Civil Veterinary Department ledger series I-VI
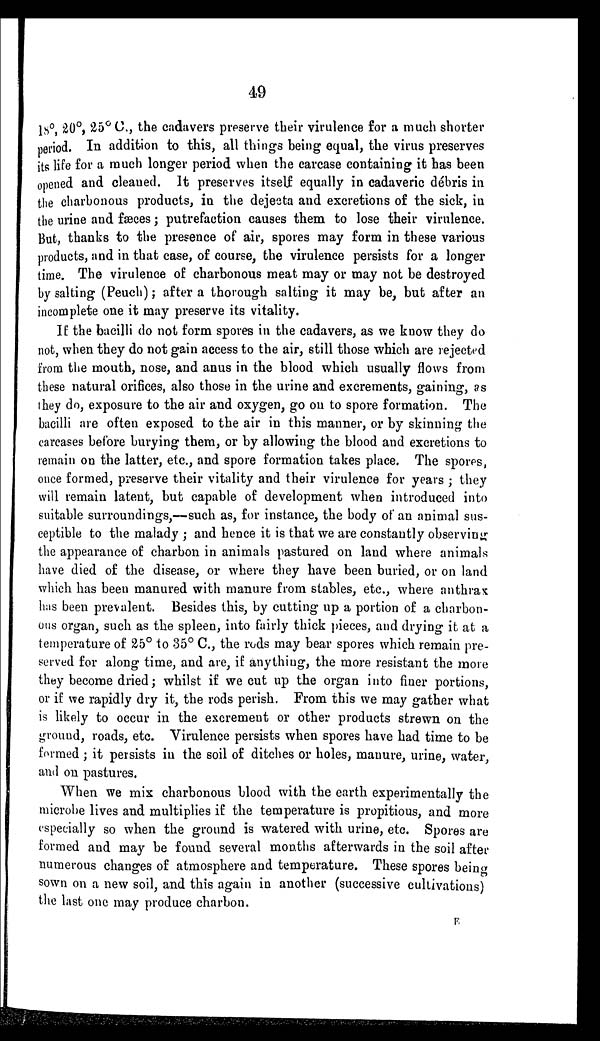
49
18 º , 20º, 25º C., the cadavers preserve their virulence for a much shorter
period. In addition to this, all things being equal, the virus preserves
its life for a much longer period when the carcase containing it has been
opened and cleaned. It preserves itself equally in cadaveric débris in
the charbonous products, in the dejecta and excretions of the sick, in
the urine and fæces; putrefaction causes them to lose their virulence.
But, thanks to the presence of air, spores may form in these various
products, and in that case, of course, the virulence persists for a longer
time. The virulence of charbonous meat may or may not be destroyed
by salting (Peuch); after a thorough salting it may be, but after an
incomplete one it may preserve its vitality.
If the bacilli do not form spores in the cadavers, as we know they do
not, when they do not gain access to the air, still those which are rejected
from the mouth, nose, and anus in the blood which usually flows from
these natural orifices, also those in the urine and excrements, gaining, as
they do, exposure to the air and oxygen, go on to spore formation. The
bacilli are often exposed to the air in this manner, or by skinning the
carcases before burying them, or by allowing the blood and excretions to
remain on the latter, etc., and spore formation takes place. The spores,
once formed, preserve their vitality and their virulence for years; they
will remain latent, but capable of development when introduced into
suitable surroundings,—such as, for instance, the body of an animal sus-
ceptible to the malady; and hence it is that we are constantly observing
the appearance of charbon in animals pastured on land where animals
have died of the disease, or where they have been buried, or on land
which has been manured with manure from stables, etc., where anthrax
has been prevalent. Besides this, by cutting up a portion of a charbon-
ous organ, such as the spleen, into fairly thick pieces, and drying it at a
temperature of 25º to 35º C., the rods may bear spores which remain pre-
served for along time, and are, if anything, the more resistant the more
they become dried; whilst if we cut up the organ into finer portions,
or if we rapidly dry it, the rods perish. From this we may gather what
is likely to occur in the excrement or other products strewn on the
ground, roads, etc. Virulence persists when spores have had time to be
formed; it persists in the soil of ditches or holes, manure, urine, water,
and on pastures.
When we mix charbonous blood with the earth experimentally the
microbe lives and multiplies if the temperature is propitious, and more
especially so when the ground is watered with urine, etc. Spores are
formed and may be found several months afterwards in the soil after
numerous changes of atmosphere and temperature. These spores being
sown on a new soil, and this again in another (successive cultivations)
the last one may produce charbon.
E